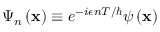
\Psi _ { n } \left( \mathbf { x } \right) \equiv e ^ { - i \epsilon n T / \hbar } \psi \left( \mathbf { x } \right)